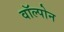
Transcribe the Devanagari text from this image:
वॉल्पोन